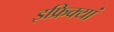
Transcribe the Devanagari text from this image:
इफ्रिक्यां